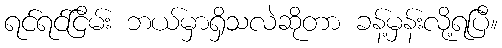
ရင်ရင်ငြိမ်း ဘယ်မှာရှိသလဲဆိုတာ ခန့်မှန်းလို့ရပြီ။